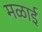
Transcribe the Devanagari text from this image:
मळाई